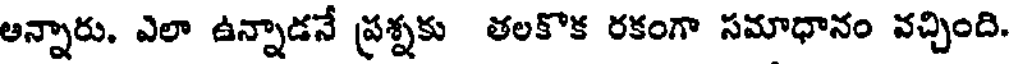
అన్నారు. ఎలా ఉన్నాడనే ప్రశ్నకు తలకొక రకంగా సమాధానం వచ్చింది.